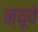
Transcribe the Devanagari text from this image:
न्यूवे